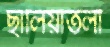
ছালিয়াতলী